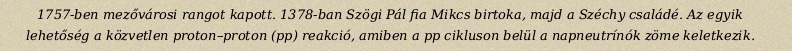
1757-ben mezővárosi rangot kapott. 1378-ban Szögi Pál fia Mikcs birtoka, majd a Széchy családé. Az egyik lehetőség a közvetlen proton–proton (pp) reakció, amiben a pp cikluson belül a napneutrínók zöme keletkezik.